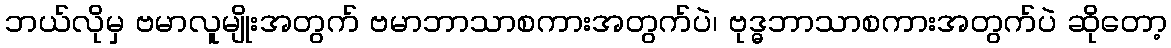
ဘယ်လိုမှ ဗမာလူမျိုးအတွက် ဗမာဘာသာစကားအတွက်ပဲ၊ ဗုဒ္ဓဘာသာစကားအတွက်ပဲ ဆိုတော့